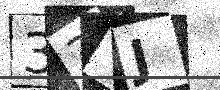
Text: 33OJ